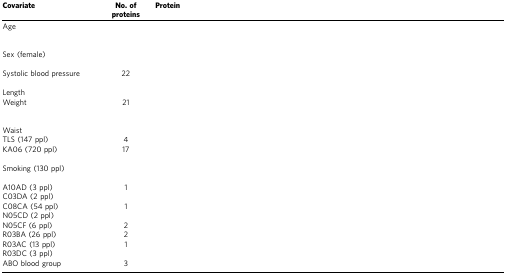
<table><thead><tr><td><b>Covariate</b></td><td><b>No. of proteins</b></td><td><b>Protein</b></td></tr></thead><tbody><tr><td>Age</td><td>[EMPTY_CELL]</td><td>[EMPTY_CELL]</td></tr><tr><td>Sex (female)</td><td>[EMPTY_CELL]</td><td>[EMPTY_CELL]</td></tr><tr><td>Systolic blood pressure</td><td>22</td><td>[EMPTY_CELL]</td></tr><tr><td>Length</td><td>[EMPTY_CELL]</td><td>[EMPTY_CELL]</td></tr><tr><td>Weight</td><td>21</td><td>[EMPTY_CELL]</td></tr><tr><td>Waist</td><td>[EMPTY_CELL]</td><td>[EMPTY_CELL]</td></tr><tr><td>TLS (147 ppl)</td><td>4</td><td>[EMPTY_CELL]</td></tr><tr><td>KA06 (720 ppl)</td><td>17</td><td>[EMPTY_CELL]</td></tr><tr><td>Smoking (130 ppl)</td><td>[EMPTY_CELL]</td><td>[EMPTY_CELL]</td></tr><tr><td>A10AD (3 ppl)</td><td>1</td><td>[EMPTY_CELL]</td></tr><tr><td>C03DA (2 ppl)</td><td>[EMPTY_CELL]</td><td>[EMPTY_CELL]</td></tr><tr><td>C08CA (54 ppl)</td><td>1</td><td>[EMPTY_CELL]</td></tr><tr><td>N05CD (2 ppl)</td><td>[EMPTY_CELL]</td><td>[EMPTY_CELL]</td></tr><tr><td>N05CF (6 ppl)</td><td>2</td><td>[EMPTY_CELL]</td></tr><tr><td>R03BA (26 ppl)</td><td>2</td><td>[EMPTY_CELL]</td></tr><tr><td>R03AC (13 ppl)</td><td>1</td><td>[EMPTY_CELL]</td></tr><tr><td>R03DC (3 ppl)</td><td>[EMPTY_CELL]</td><td>[EMPTY_CELL]</td></tr><tr><td>ABO blood group</td><td>3</td><td>[EMPTY_CELL]</td></tr></tbody></table>